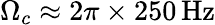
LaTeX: \Omega_{c}\approx 2\pi\times 250\, \mathrm{{Hz}}